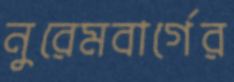
নুরেমবার্গের